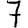
Digit: 7